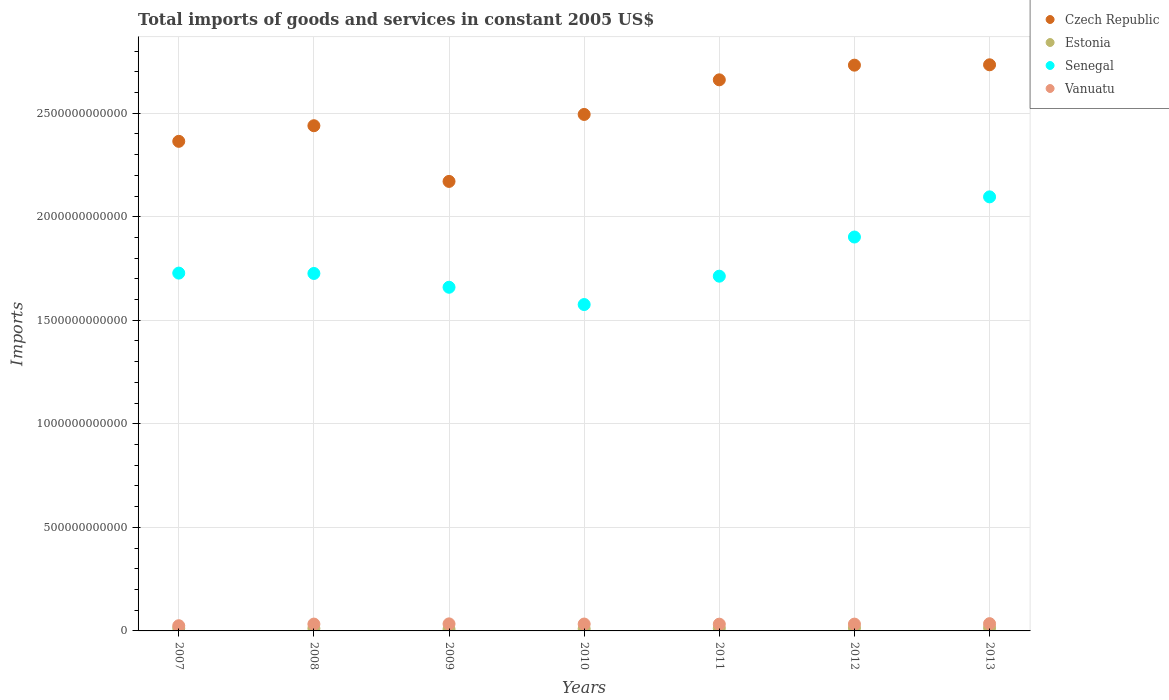
| Years | Czech Republic | Estonia | Senegal | Vanuatu |
 | --- | --- | --- | --- | --- |
 | 2007 | 2.36e+12 | 1.28e+10 | 1.73e+12 | 2.51e+10 |
 | 2008 | 2.44e+12 | 1.2e+10 | 1.73e+12 | 3.3e+10 |
 | 2009 | 2.17e+12 | 8.34e+09 | 1.66e+12 | 3.4e+10 |
 | 2010 | 2.49e+12 | 1.01e+10 | 1.58e+12 | 3.33e+10 |
 | 2011 | 2.66e+12 | 1.29e+10 | 1.71e+12 | 3.26e+10 |
 | 2012 | 2.73e+12 | 1.44e+10 | 1.9e+12 | 3.29e+10 |
 | 2013 | 2.73e+12 | 1.5e+10 | 2.1e+12 | 3.5e+10 |